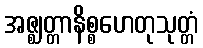
အဇ္ဈတ္တာနိစ္စဟေတုသုတ္တံ